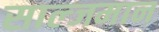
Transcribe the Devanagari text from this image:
साल्जमान